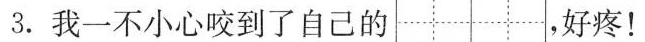
3.我一不小心咬到了自己的 ，好疼！